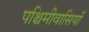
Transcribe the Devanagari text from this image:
पश्चिमीवासियों